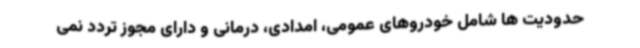
حدودیت ها شامل خودروهای عمومی، امدادی، درمانی و دارای مجوز تردد نمی